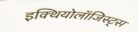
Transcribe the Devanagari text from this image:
इक्थियोलॉजिस्ट्स